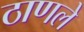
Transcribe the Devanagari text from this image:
ठाणले